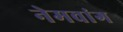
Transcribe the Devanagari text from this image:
नेमवांग